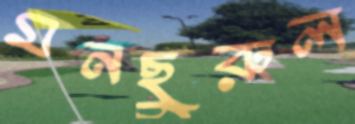
মনছুরুল